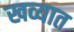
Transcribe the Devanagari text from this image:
खव्यात